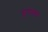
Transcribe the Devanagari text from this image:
सुरत्राण